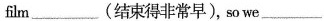
film___(结束得非常早), so we___